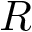
\boldsymbol { R }